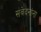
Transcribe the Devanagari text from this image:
संवेदनांना